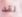
لقد